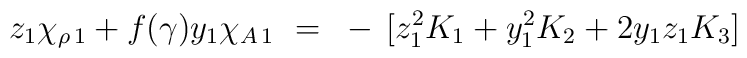
z_1 \chi_{\rho \, 1} + f(\gamma) y_1 \chi_{A \, 1} ~=~- \, [ z_1^2 K_1 + y_1^2 K_2 + 2y_1 z_1 K_3 ]